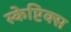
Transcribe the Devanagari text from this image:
स्केप्टिक्स